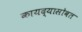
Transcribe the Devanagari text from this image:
कायद्यासोबत